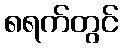
၈ရက်တွင်